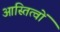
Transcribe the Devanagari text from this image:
आस्तित्वों